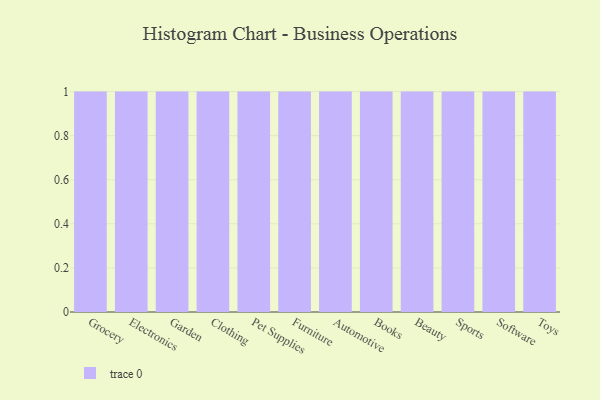
{"axis": {"x": "Category", "y": "Energy Usage (MWh)"}, "legend": [""], "data": [{"x": "Grocery", "y": 27, "type": ""}, {"x": "Electronics", "y": 6, "type": ""}, {"x": "Garden", "y": 57, "type": ""}, {"x": "Clothing", "y": 74, "type": ""}, {"x": "Pet Supplies", "y": 97, "type": ""}, {"x": "Furniture", "y": 94, "type": ""}, {"x": "Automotive", "y": 49, "type": ""}, {"x": "Books", "y": 34, "type": ""}, {"x": "Beauty", "y": 63, "type": ""}, {"x": "Sports", "y": 98, "type": ""}, {"x": "Software", "y": 24, "type": ""}, {"x": "Toys", "y": 75, "type": ""}]}